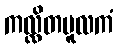
ကလ္လိတမူလကံ